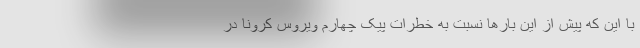
با این که پیش از این بارها نسبت به خطرات پیک چهارم ویروس کرونا در